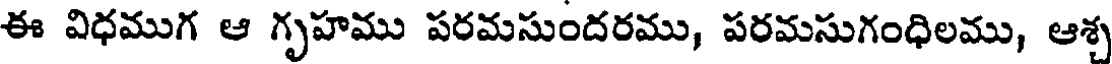
ఈ విధముగ ఆ గృహము పరమసుందరము, పరమసుగంధిలము, ఆశ్చ